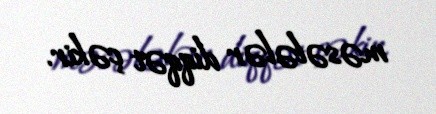
məsələlər diqqət çəkir.